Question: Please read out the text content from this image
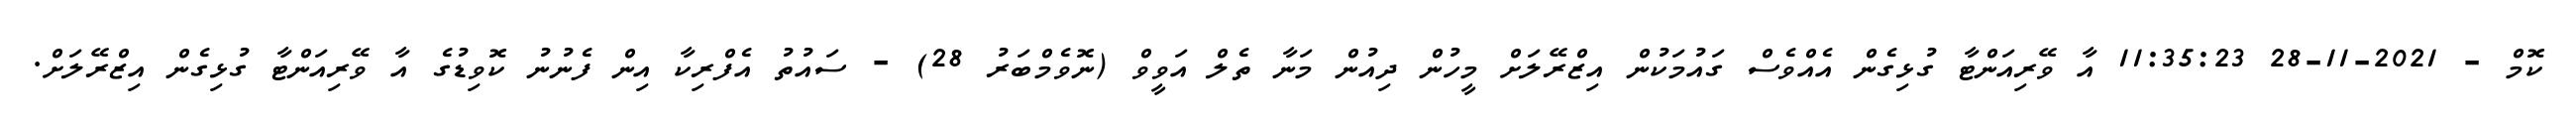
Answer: ކޮމް - 2021-11-28 11:35:23 އާ ވޭރިއަންޓާ ގުޅިގެން އެއްވެސް ގައުމަކުން އިޒްރޭލަށް މީހުން ދިއުން މަނާ ތެލް އަވީވް (ނޮވެމްބަރު 28) - ސައުތު އެފްރިކާ އިން ފެނުނު ކޮވިޑުގެ އާ ވޭރިއަންޓާ ގުޅިގެން އިޒްރޭލަށް.